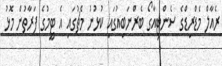
ރެއާލް މެޑްރިޑްގެ ސެންޓިއާގޯ ބެރްނަބިއުގައި ކުޅުނު މެޗުގައި އެ ޓީމުގެ ފަރާތުން މޮޅު